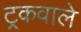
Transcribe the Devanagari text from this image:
ट्रकवाले